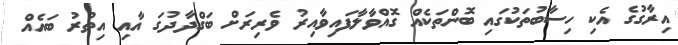
އިރާގުގެ އެކި ހިސާބުތަކުގައި ބޮންތަކެއް ގޮއްވާލާފައިވާއިރު ވެރިރަށް ބަގްދާދުގަ އާއި އިތުރު ބައެއް